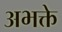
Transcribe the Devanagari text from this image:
अभक्ते